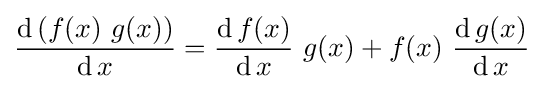
{\frac {\operatorname {d} \left(f(x)\ g(x)\right)}{\operatorname {d} x}}={\frac {\operatorname {d} f(x)}{\operatorname {d} x}}\ g(x)+f(x)\ {\frac {\operatorname {d} g(x)}{\operatorname {d} x}}